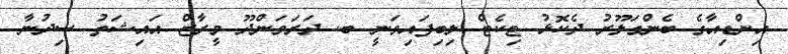
އިންޑިއާގެ ބެންގަލޫރު ދެކޮޅު ޓިކެޓް ލިބިފައިވަނީ ބ. ދަރަވަންދޫ މީރާޒް އައިޝަތު ސިދުނާ